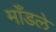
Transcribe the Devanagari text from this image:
माँडले